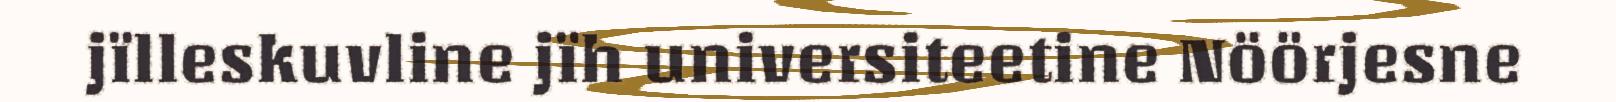
jïlleskuvline jïh universiteetine Nöörjesne